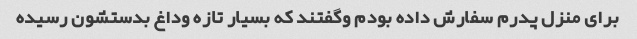
برای منزل پدرم سفارش داده بودم وگفتند که بسیار تازه وداغ بدستشون رسیده